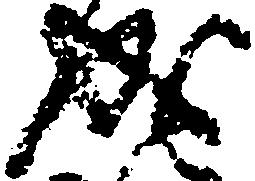
成